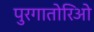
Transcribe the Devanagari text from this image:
पुरगातोरिओ